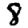
Digit: 8